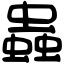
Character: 蟲